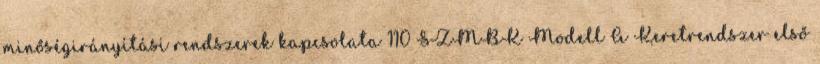
minőségirányítási rendszerek kapcsolata 110 SZMBK Modell A Keretrendszer első